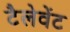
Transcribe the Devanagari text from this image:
टैलेवेंट